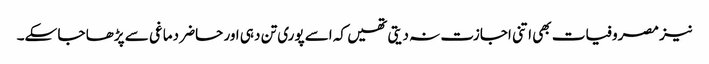
نیز مصروفیات بھی اتنی اجازت نہ دیتی تھیں کہ اسے پوری تن دہی اور حاضر دماغی سے پڑھا جا سکے۔